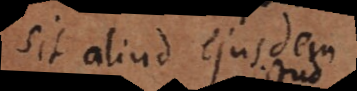
sit aliud ejusdem